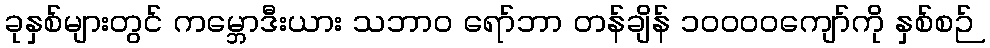
ခုနှစ်များတွင် ကမ္ဘောဒီးယား သဘာဝ ရော်ဘာ တန်ချိန် ၁၀၀၀၀ကျော်ကို နှစ်စဉ်